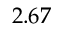
2 . 6 7